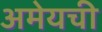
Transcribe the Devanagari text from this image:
अमेयची